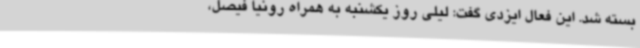
بسته شد. این فعال ایزدی گفت: لیلی روز یکشنبه به همراه رونیا فیصل،